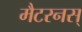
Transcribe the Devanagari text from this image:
मैटरनस्